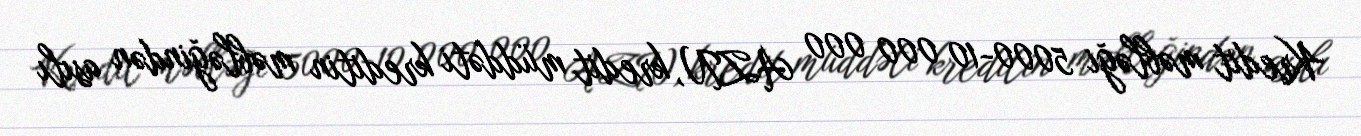
Kredit məbləği 5000-10 000 000 AZN, kredit müddəti kreditin məbləğindən asılı